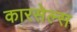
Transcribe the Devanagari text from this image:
कारसेल्स